Tartu_kinnistusamet, lk 84
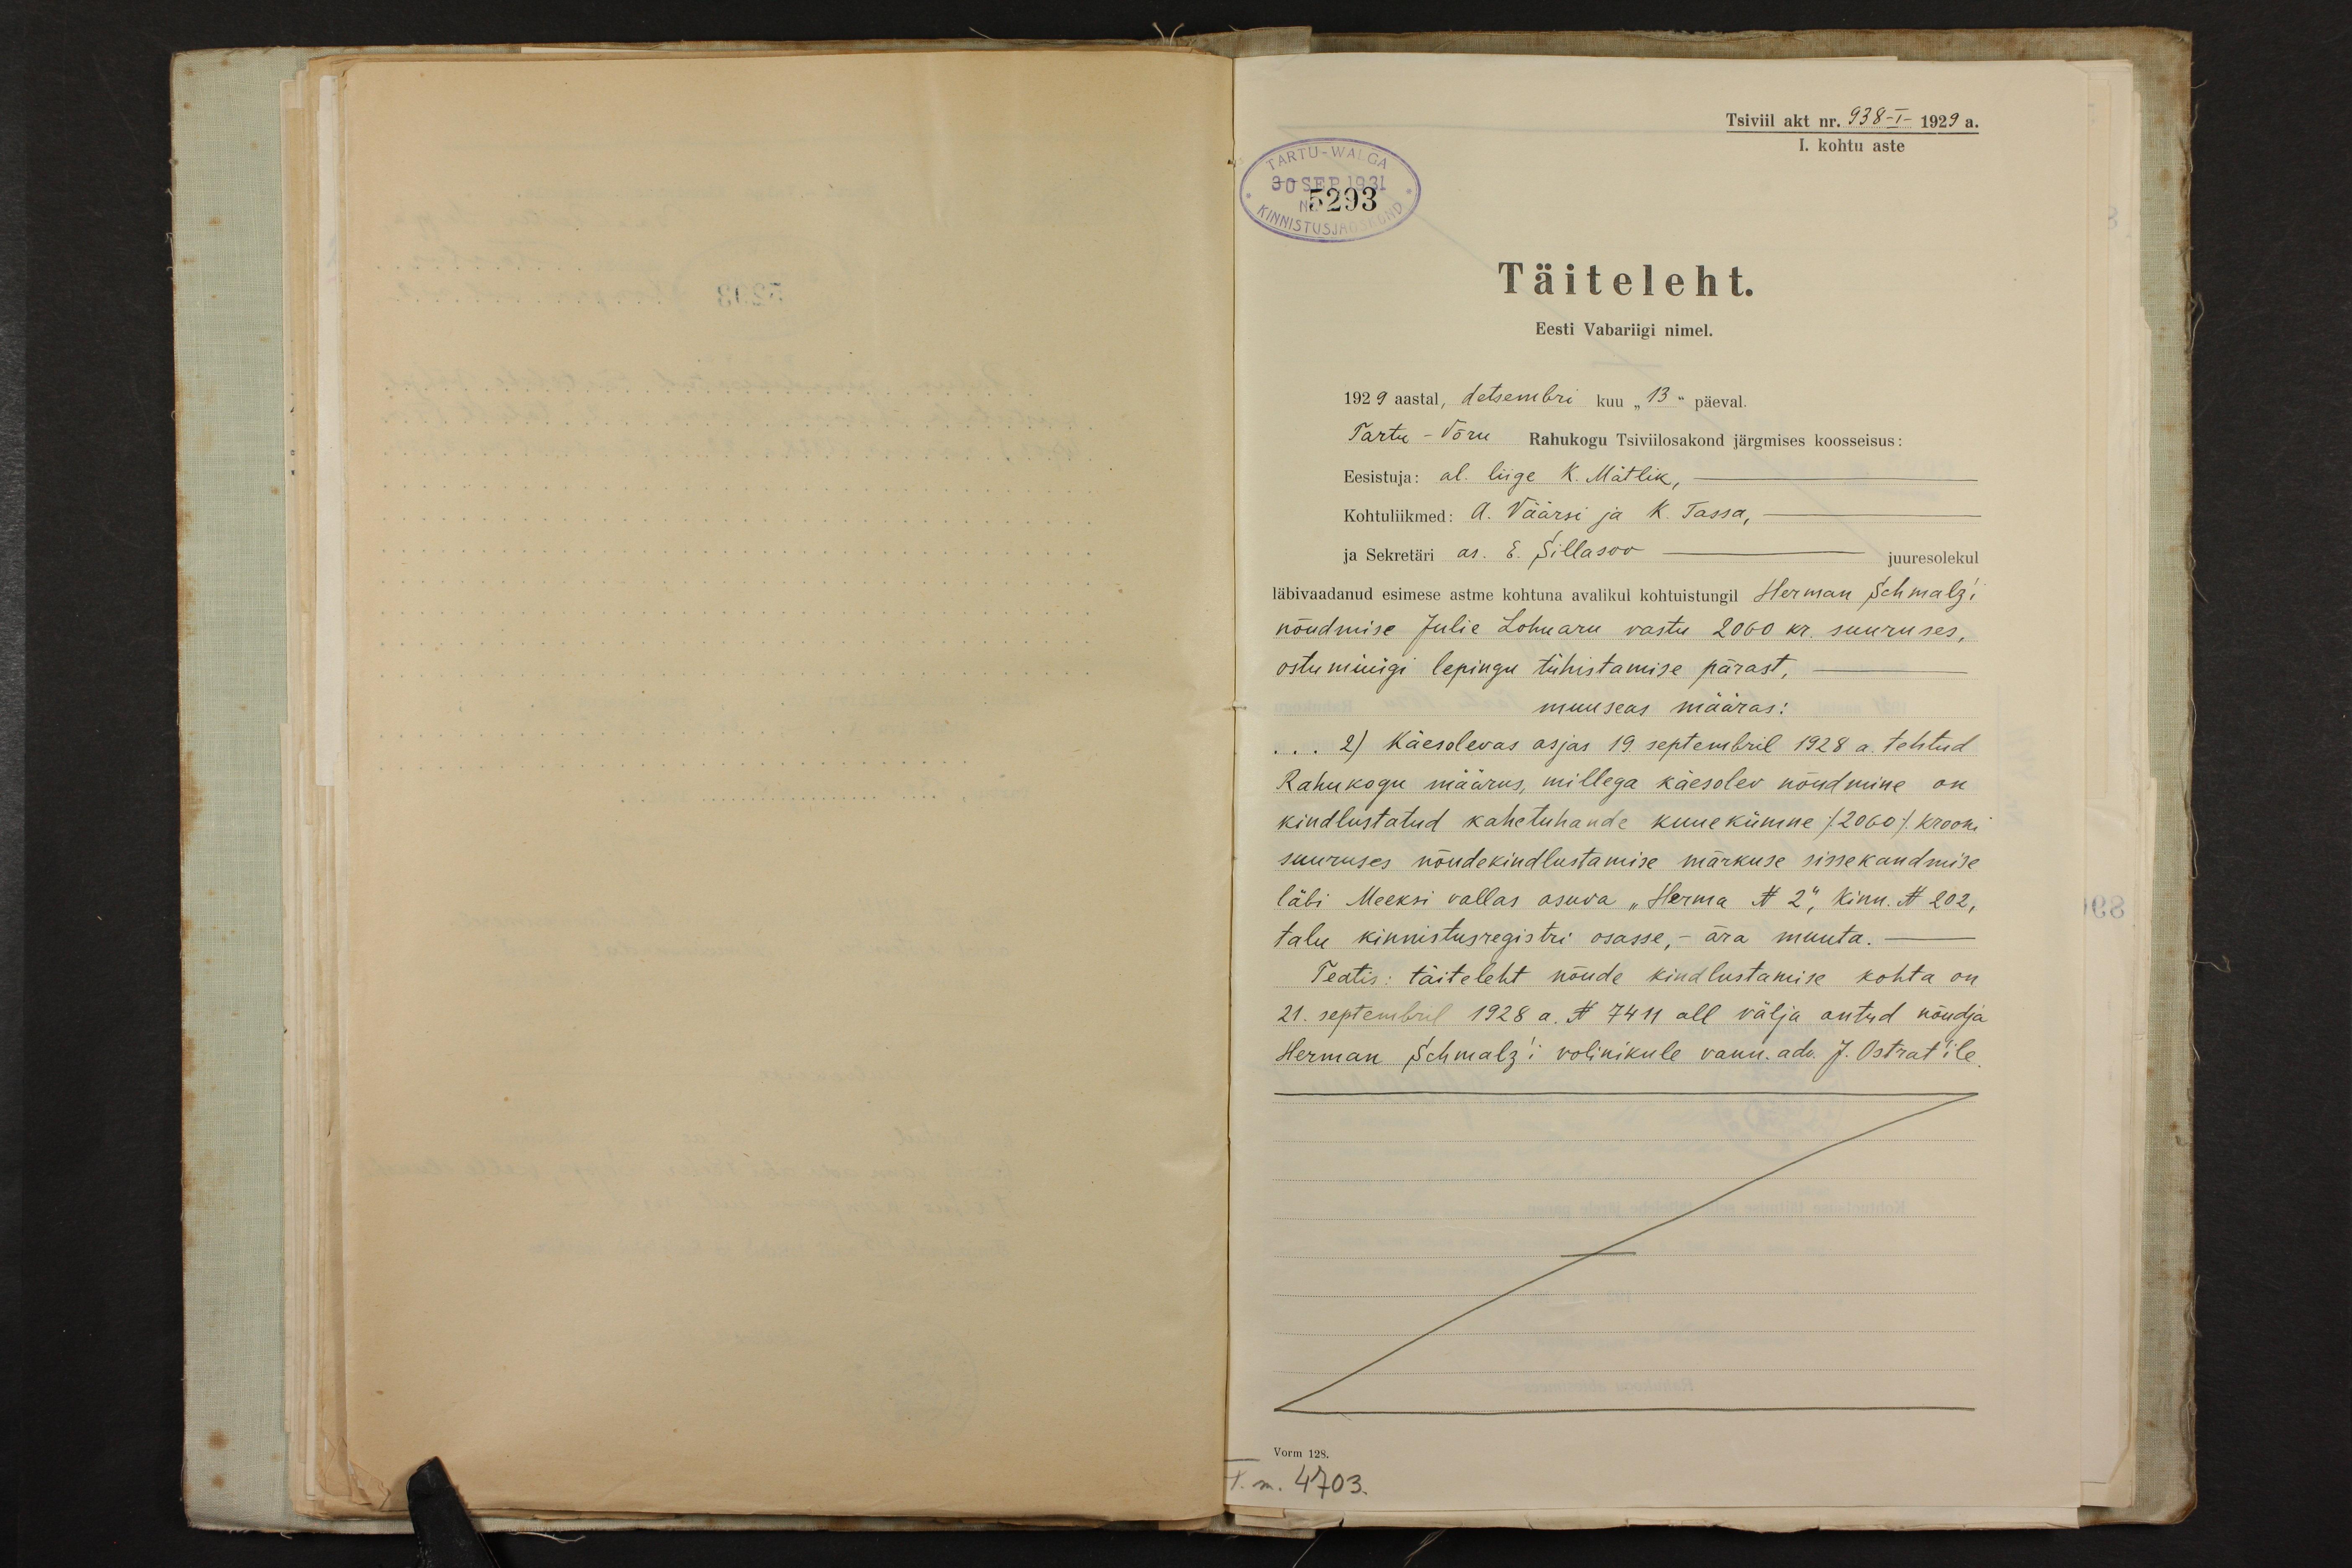
Tsiviil akt nr. 938-I- 1929 a.
I. kohtu aste
30 SEP.1931
No 5293
Täiteleht.
Eesti Vabariigi nimel.
1929 aastal, detsembri kuu "13" päeval.
Tartu - Võru Rahukogu Tsiviilosakond järgmises koosseisus:
Eesistuja: al. liige K. Mätlik, -
Kohtuliikmed: A. Väärsi ja K. Tassa, -
ja Sekretäri as. E. Sillasoo
juuresolekul
läbivaadanud esimese astme kohtuna avalikul kohtuistungil Herman Schmalzi
nõudmise Julie Lohuaru vastu 2060 kr. suuruses,
ostu müügi lepingu tühistamise pärast,
muuseas määras:
... 2) Käesolevas asjas 19. septembril 1928 a. tehtud
Rahukogu määrus, millega käesolev nõudmine on
kindlustatud kahetuhande kuuekümne /2060/ krooni
suuruses nõudekindlustamise märkuse sissekandmise
läbi Meeksi vallas asuva "Harma N 2", kinn. N 202,
talu kinnistusregistri osasse, - ära muuta.
Teatis: täiteleht nõude kindlustamise kohta on
21. septembril 1928 a. N 7411 all välja antud nõudja
Herman Schmalzi volinikule vann. adv.  J. Ostrat'ile.
Vorm 128.
4703